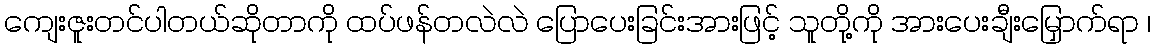
ကျေးဇူးတင်ပါတယ်ဆိုတာကို ထပ်ဖန်တလဲလဲ ပြောပေးခြင်းအားဖြင့် သူတို့ကို အားပေးချီးမြှောက်ရာ ၊